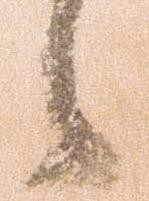
候